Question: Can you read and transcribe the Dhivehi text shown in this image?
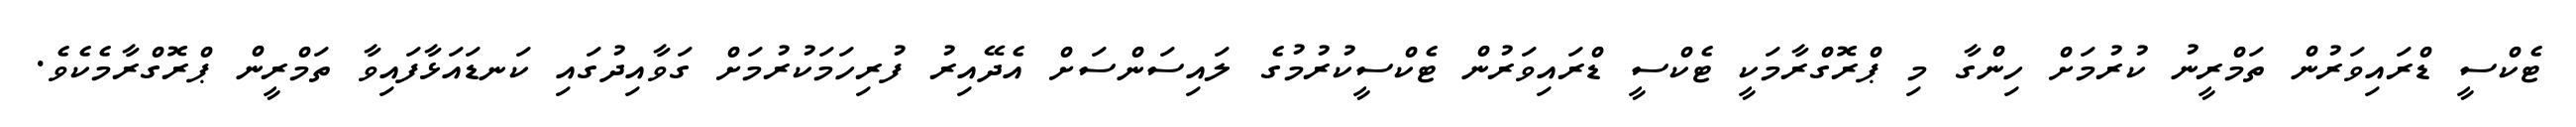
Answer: ޓެކްސީ ޑްރައިވަރުން ތަމްރީނު ކުރުމަށް ހިންގާ މި ޕްރޮގްރާމަކީ ޓެކްސީ ޑްރައިވަރުން ޓެކްސީކުރުމުގެ ލައިސަންސަށް އެދޭއިރު ފުރިހަމަކުރުމަށް ގަވާއިދުގައި ކަނޑައަޅާފައިވާ ތަމްރީން ޕްރޮގްރާމެކެވެ.